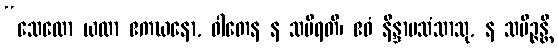
“သေလော ယထာ ဧကဃနော, ဝါတေန န သမီရတိ၊ ဧဝံ နိန္ဒာပသံသာသု, န သမိဉ္ဇန္တိ